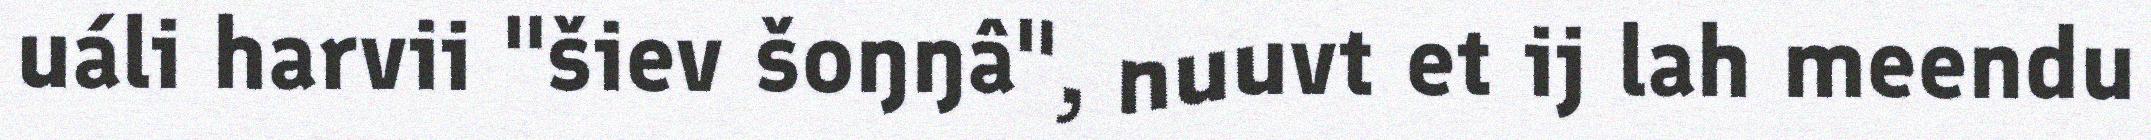
uáli harvii "šiev šoŋŋâ", nuuvt et ij lah meendu